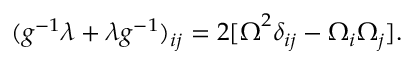
\begin{array} { r } { ( g ^ { - 1 } \lambda + \lambda g ^ { - 1 } ) _ { i j } = 2 [ { \boldsymbol \Omega } ^ { 2 } \delta _ { i j } - \Omega _ { i } \Omega _ { j } ] . } \end{array}